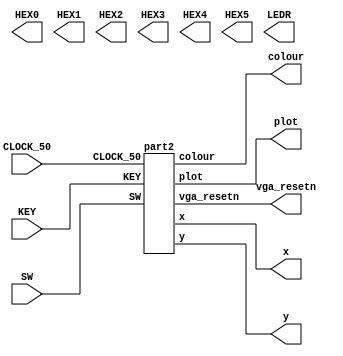
`timescale 1ns / 1ps
`default_nettype none

module main	(
	input wire CLOCK_50,            //On Board 50 MHz
	input wire [9:0] SW,            // On board Switches
	input wire [3:0] KEY,           // On board push buttons
	output wire [6:0] HEX0,         // HEX displays
	output wire [6:0] HEX1,         
	output wire [6:0] HEX2,         
	output wire [6:0] HEX3,         
	output wire [6:0] HEX4,         
	output wire [6:0] HEX5,         
	output wire [9:0] LEDR,         // LEDs
	output wire [7:0] x,            // VGA pixel coordinates
	output wire [6:0] y,
	output wire [2:0] colour,       // VGA pixel colour (0-7)
	output wire plot,               // Pixel drawn when this is pulsed
	output wire vga_resetn          // VGA resets to black when this is pulsed (NOT CURRENTLY AVAILABLE)
);    

	part2 p2(CLOCK_50, KEY, SW, x, y, colour, plot, vga_resetn);
	
endmodule

module part2
    (
        CLOCK_50,                        
        KEY,                           
        SW,
		  x,
		  y,
		  colour,
		  plot,
		  vga_resetn
    );
	 
    input CLOCK_50;                
    input [3:0] KEY;    
    input [9:0] SW;
	 output [7:0] x;
	 output [6:0] y;
	 output [2:0] colour;
	 output reg plot;
	 output vga_resetn;
	 
    wire go;
    wire Lx, Ly, Lc, enable;
    wire [2:0] DataColour;

    assign go = ~KEY[3];
    assign DataColour = SW[9:7];

    always @(*) begin
        case (~KEY[2])
            1'b1: plot = 1'b1;
            1'b0: plot = ~KEY[1];
            default: plot = ~KEY[1];
        endcase
    end

    
    control C0(
        .clk(CLOCK_50),
        .resetn(vga_resetn),
        .plot(plot),
        .enable(enable),
        .go(go),

        .lx(Lx), 
        .ly(Ly),
        .lc(Lc)
    );

    datapath D0(
        .clk(CLOCK_50),
        .resetn(vga_resetn),
        .plot(plot),
        .enable(enable),

        .lx(Lx), 
        .ly(Ly),
        .lc(Lc),
        .lb(~KEY[2]),
        .xin(SW[6:0]),
        .yin(SW[6:0]),
        .colour(DataColour),
        .cout(colour),
        .xout(x),
        .yout(y)
    );
    
endmodule

module control(clk, resetn, plot, enable, go, lx, ly, lc);

    input clk;
    input go;
    input resetn;
    input plot;
    output reg enable;
    output reg lx;
    output reg ly; 
    output reg lc;

    reg [3:0] current_state;
    reg [3:0] next_state;
    
    localparam  S_LOAD_X       = 3'd0,
                S_LOAD_WAIT_X  = 3'd1,
                S_LOAD_Y       = 3'd2,
                S_LOAD_WAIT_Y  = 3'd3,
                CYCLE_0        = 3'd4,
                S_DONE         = 3'd5;
                    
    always@(*)
    begin: state_table
            case (current_state)
                S_LOAD_X: next_state = go ? S_LOAD_WAIT_X : S_LOAD_X;
                S_LOAD_WAIT_X: next_state = go ? S_LOAD_WAIT_X : S_LOAD_Y; 
                S_LOAD_Y: next_state = go ? S_LOAD_WAIT_Y : S_LOAD_Y;    
                S_LOAD_WAIT_Y: next_state = go ? S_LOAD_WAIT_Y : CYCLE_0; 
                CYCLE_0: next_state = S_DONE;
                S_DONE: next_state = S_LOAD_X;
                default: next_state = S_LOAD_X;
            endcase
    end
   
always @(*)
    begin: enable_signals
        // By default make all our signals 0
        lx = 1'b0;
        enable = 1'b0;
        lc = 1'b0;
        ly = 1'b0;
  
 
        case (current_state)
            S_LOAD_X: begin
                lx = 1'b1;
                lc = 1'b1;
                enable = 1'b0;    
                ly = 1'b0;
            end
                          
            S_LOAD_Y: begin
                lx = 1'b0;
                lc = 1'b0;
                enable = 1'b0;    
                ly = 1'b1;
            end
                          
            CYCLE_0: begin
                lx = 1'b0;
                lc = 1'b0;
                enable = 1'b1;    
                ly = 1'b0;
            end
                          
            S_DONE: begin
                lx = 1'b0;
                lc = 1'b0;
                enable = 1'b1;    
                ly = 1'b0;
            end
      endcase
    end
                    
    // current_state registers
    always@(posedge clk)
    begin: state_FFs
        if (!resetn)
            current_state <= S_LOAD_X;
        else
            current_state <= next_state;
    end // state_FFS
endmodule 


module datapath(lx, ly, lc, lb, xin, yin, enable, plot, resetn, clk, xout, yout, colour, cout);
	 
    input clk;
    input resetn;
    input plot;
    input enable;
    input lx;
    input ly; 
    input lc;
    input lb;

    input [2:0] colour;
    input [6:0] xin;
    input [6:0] yin;
    output reg [7:0] xout = 0;
    output reg [6:0] yout = 0;
    output reg [2:0] cout = 0;

    reg [2:0] regcolour = 0;
    reg [7:0] Xorigin = 0;
    reg [6:0] Yorigin = 0;
    reg [3:0] counter = 0;
    reg [2:0] regBlack = 0;
    reg [14:0] counterBlack = 0;

    always@(posedge clk) begin
        if (!resetn) begin
            Xorigin <= 8'b0;
            Yorigin <= 7'b0;
            regcolour <= 3'b0;
        end
        else begin

            if (lx)
                Xorigin <= {1'b0, xin};
            if (ly)
                Yorigin <= yin;
            if (lc)
                regcolour <= colour;
        end
    end
        
    always@ (posedge clk) begin
        
        if (lb) begin
            counterBlack <= counterBlack + 1'b1;
            xout <= counterBlack[7:0];
            yout <= counterBlack[14:8];
            cout <= 3'b000;
        end
        else begin
            if (plot)
                begin //offset of the x and y location
                    if (!resetn) begin

                        xout <= 8'b0;
                        yout <= 7'b0;
                        counter <= 4'b0;
                        cout <= 3'b0; 
                        counterBlack <= 15'b0;
                    end
                    if (counter <= 4'b1111) begin
								
                        counterBlack <= 15'b0;
                        cout <= regcolour  + 1'b0;
                        xout <= Xorigin + counter[1:0];
                        yout <= Yorigin + counter[3:2];
                        counter <= counter + 1'b1;
                    end
                    else begin
                        xout <= xout;
                        yout <= yout;
                        cout <= 3'b0;
                    end
                end
            else begin
                xout <= xout;
                yout <= yout;
            end
        end
    end
endmodule